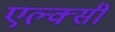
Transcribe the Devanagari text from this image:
एल्क्सी